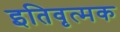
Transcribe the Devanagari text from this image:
इतिवृत्मक